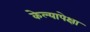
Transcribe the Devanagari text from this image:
केल्यापेक्षा